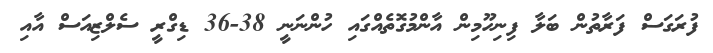
ފުރަގަސް ފަރާތުން ބަލާ ފިނިހޫމިން އާންމުގޮތެއްގައި ހުންނަނީ 38-36 ޑިގްރީ ސެލްޒިއަސް އާއި